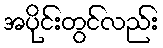
အပိုင်းတွင်လည်း